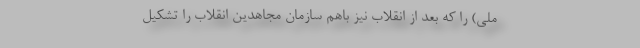
ملی) را كه بعد از انقلاب نیز با‌هم سازمان مجاهدین انقلاب را تشكیل